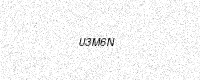
Text: U3M6N